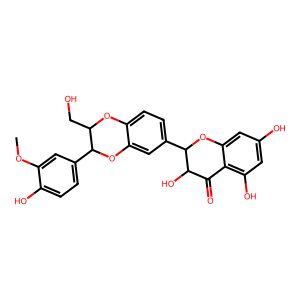
SMILES: COc1cc(C2Oc3cc(C4Oc5cc(O)cc(O)c5C(=O)C4O)ccc3OC2CO)ccc1O
Inhibits HIV replication: No